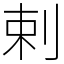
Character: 剌